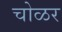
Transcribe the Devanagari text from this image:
चोळर